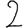
Digit: 2